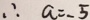
\therefore a = - 5